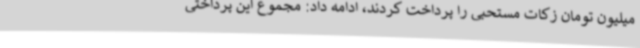
میلیون تومان زکات مستحبی را پرداخت کردند، ادامه داد: مجموع این پرداختی